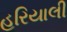
હરિયાલી